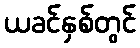
ယခင်နှစ်တွင်